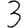
Digit: 3